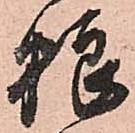
粮